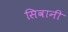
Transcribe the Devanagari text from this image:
सिवानी